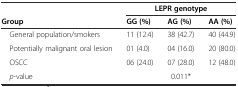
<table><thead><tr><td>[EMPTY_CELL]</td><td colspan="3"><b>LEPR genotype</b></td></tr><tr><td><b>Group</b></td><td><b>GG (%)</b></td><td><b>AG (%)</b></td><td><b>AA (%)</b></td></tr></thead><tbody><tr><td> General population/smokers</td><td>11 (12.4)</td><td>38 (42.7)</td><td>40 (44.9)</td></tr><tr><td> Potentially malignant oral lesion</td><td>01 (4.0)</td><td>04 (16.0)</td><td>20 (80.0)</td></tr><tr><td> OSCC</td><td>06 (24.0)</td><td>07 (28.0)</td><td>12 (48.0)</td></tr><tr><td> <i>p</i>-value</td><td>[EMPTY_CELL]</td><td>0.011*</td><td>[EMPTY_CELL]</td></tr></tbody></table>